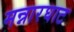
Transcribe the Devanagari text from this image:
मन्नारघाट